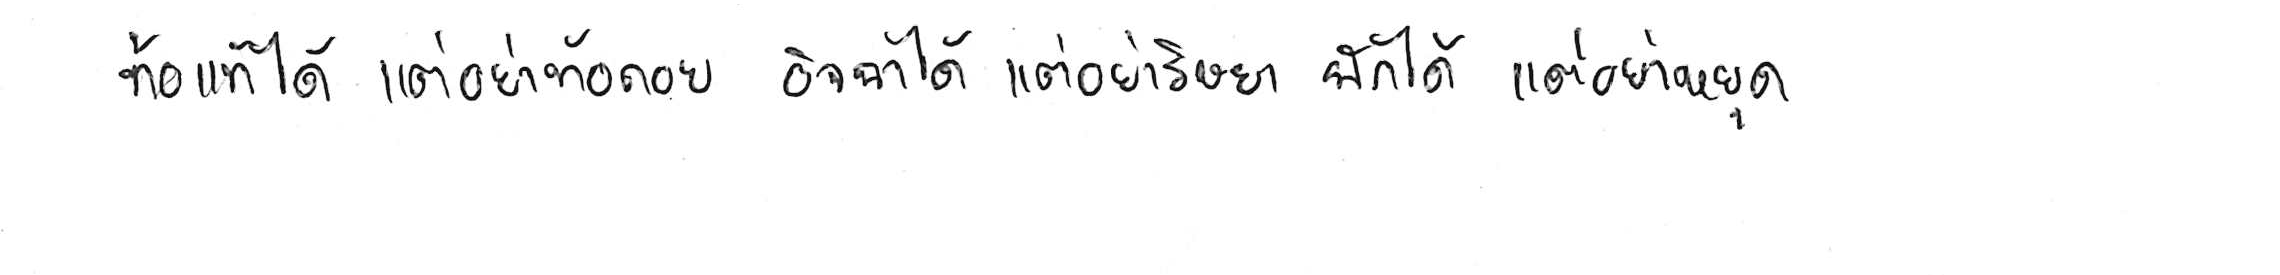
ท้อแท้ได้ แต่อย่าท้อถอย อิจฉาได้ แต่อย่าริษยา พักได้ แต่อย่าหยุด